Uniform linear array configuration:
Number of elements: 4
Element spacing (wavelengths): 0.75
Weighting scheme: cosine
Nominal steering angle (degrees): -45
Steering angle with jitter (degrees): -46.822
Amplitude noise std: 0.05
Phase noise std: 0.05

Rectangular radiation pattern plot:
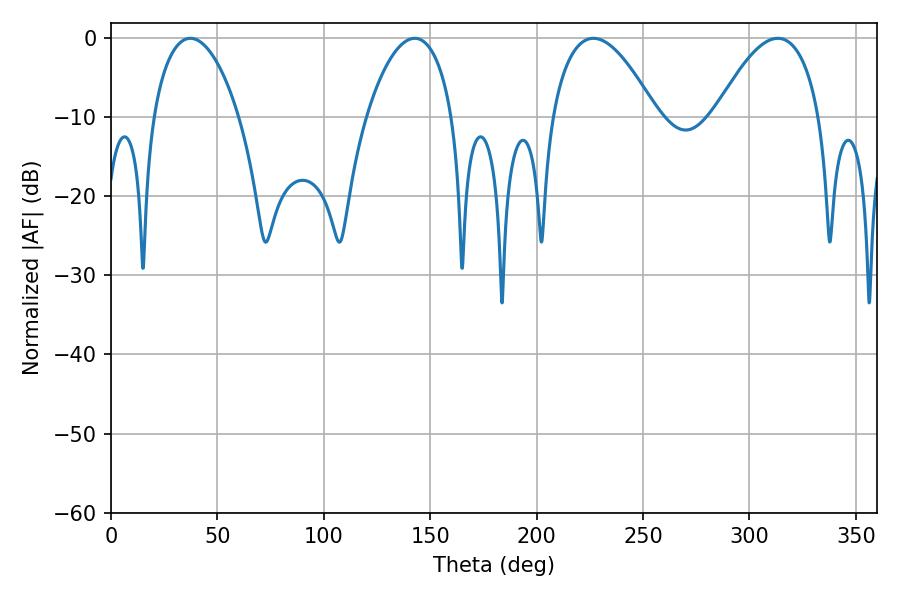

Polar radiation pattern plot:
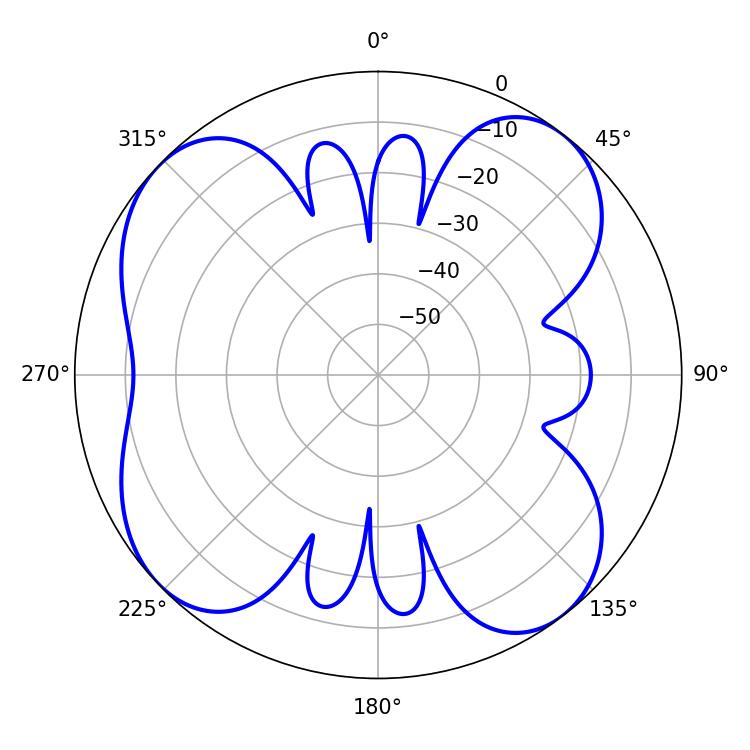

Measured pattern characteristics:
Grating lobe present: TRUE
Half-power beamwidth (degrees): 22.68
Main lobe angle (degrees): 37.26